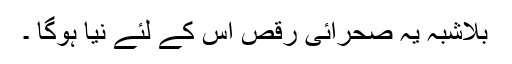
بلاشبہ یہ صحرائی رقص اس کے لئے نیا ہوگا ۔